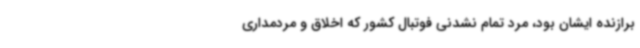
برازنده ایشان بود، مرد تمام نشدنی فوتبال کشور که اخلاق و مردمداری